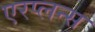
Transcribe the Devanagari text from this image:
एरप्लन्स